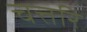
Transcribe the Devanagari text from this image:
चत्तरि